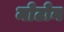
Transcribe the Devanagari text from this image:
मोटोन